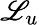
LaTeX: \mathscr{L}_{u}